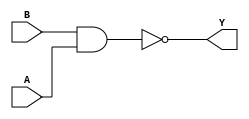
/*
 * Copyright 2020 The SkyWater PDK Authors
 *
 * Licensed under the Apache License, Version 2.0 (the "License");
 * you may not use this file except in compliance with the License.
 * You may obtain a copy of the License at
 *
 *     https://www.apache.org/licenses/LICENSE-2.0
 *
 * Unless required by applicable law or agreed to in writing, software
 * distributed under the License is distributed on an "AS IS" BASIS,
 * WITHOUT WARRANTIES OR CONDITIONS OF ANY KIND, either express or implied.
 * See the License for the specific language governing permissions and
 * limitations under the License.
 *
 * SPDX-License-Identifier: Apache-2.0
*/


`ifndef SKY130_FD_SC_HDLL__NAND2_FUNCTIONAL_V
`define SKY130_FD_SC_HDLL__NAND2_FUNCTIONAL_V

/**
 * nand2: 2-input NAND.
 *
 * Verilog simulation functional model.
 */

`timescale 1ns / 1ps
`default_nettype none

`celldefine
module sky130_fd_sc_hdll__nand2 (
    Y,
    A,
    B
);

    // Module ports
    output Y;
    input  A;
    input  B;

    // Local signals
    wire nand0_out_Y;

    //   Name   Output       Other arguments
    nand nand0 (nand0_out_Y, B, A           );
    buf  buf0  (Y          , nand0_out_Y    );

endmodule
`endcelldefine

`default_nettype wire
`endif  // SKY130_FD_SC_HDLL__NAND2_FUNCTIONAL_V